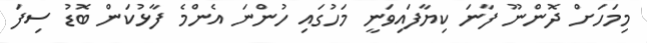
މިމަހަށް ދޮންނޫ ފާނަ ކިޔާފައިވަނީ މަހުގައި ހުންނަ އެންމެ ފާޅުކަން ބޮޑު ސިފަ